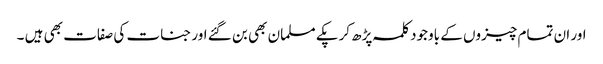
اور ان تمام چیزوں کے باوجود کلمہ پڑھ کرپکے مسلمان بھی بن گئے اور جنات کی صفات بھی ہیں ۔